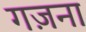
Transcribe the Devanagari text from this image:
गज़ना